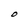
Character: O